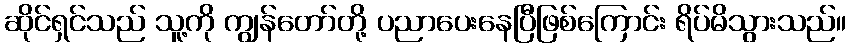
ဆိုင်ရှင်သည် သူ့ကို ကျွန်တော်တို့ ပညာပေးနေပြီဖြစ်ကြောင်း ရိပ်မိသွားသည်။